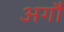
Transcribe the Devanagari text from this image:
अगौ